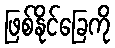
ဖြစ်နိုင်ခြေကို